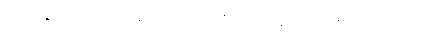
ဘယ်စားသောက်ဆိုင် ကောင်းတယ် ဆိုတာသိပါသလား။